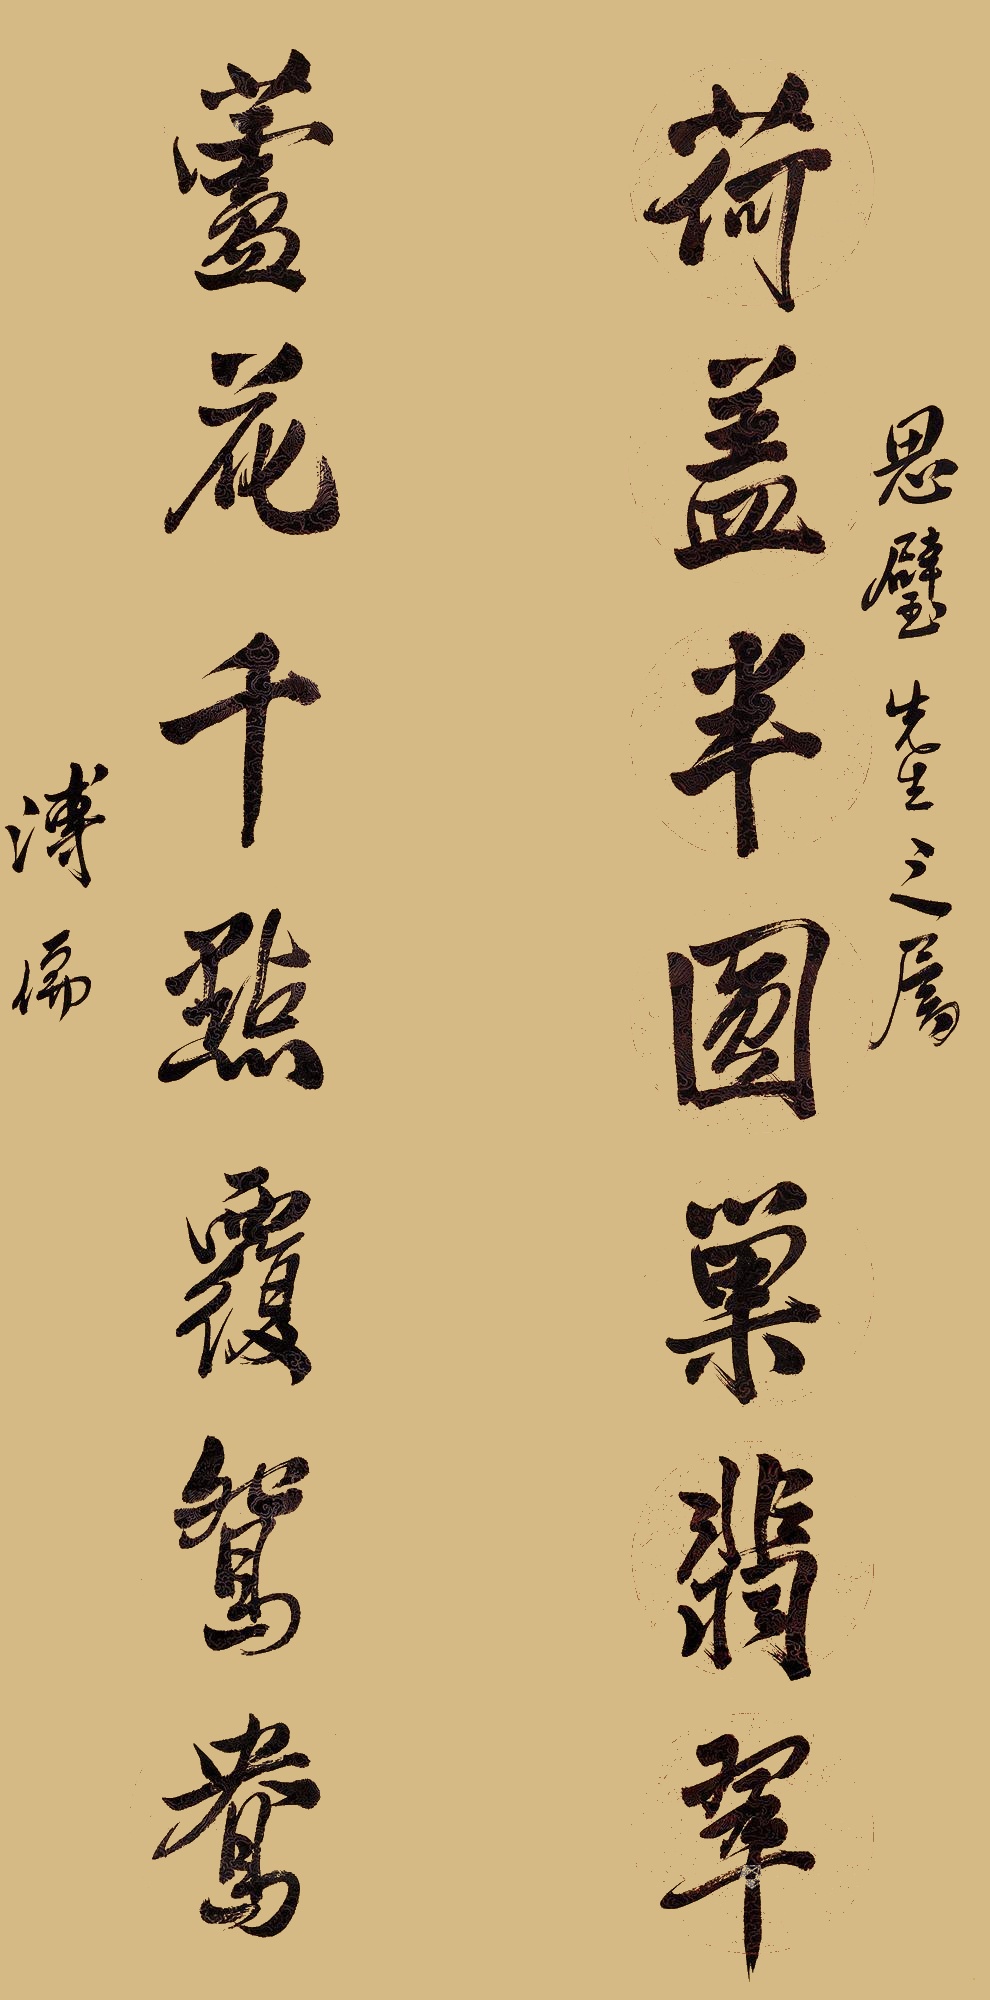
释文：荷盖半圆巢翡翠，芦花千点覆鸳鸯。思璧先生之属，溥儒。